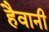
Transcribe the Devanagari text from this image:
हैवानी